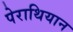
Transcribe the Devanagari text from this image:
पेराथियान